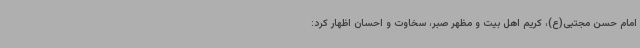
امام حسن مجتبی(ع)، کریم اهل بیت و مظهر صبر، سخاوت و احسان اظهار کرد: